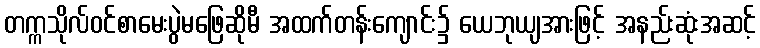
တက္ကသိုလ်ဝင်စာမေးပွဲမဖြေဆိုမီ အထက်တန်းကျောင်း၌ ယေဘုယျအားဖြင့် အနည်းဆုံးအဆင့်